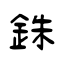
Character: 銖